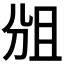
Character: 𠜞